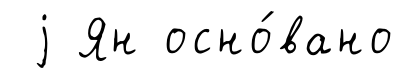
j Ян осно́вано